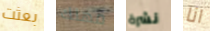
بعثت مهلك نشرة انا